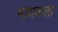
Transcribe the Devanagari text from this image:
मायकला